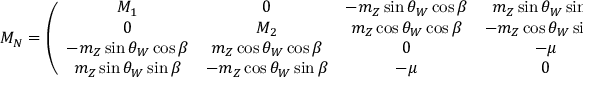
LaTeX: M _ { N } = \left( \begin{array} { c c c c } { { M _ { 1 } } } & { { 0 } } & { { - m _ { Z } \sin \theta _ { W } \cos \beta } } & { { m _ { Z } \sin \theta _ { W } \sin \beta } } \\ { { 0 } } & { { M _ { 2 } } } & { { m _ { Z } \cos \theta _ { W } \cos \beta } } & { { - m _ { Z } \cos \theta _ { W } \sin \beta } } \\ { { - m _ { Z } \sin \theta _ { W } \cos \beta } } & { { m _ { Z } \cos \theta _ { W } \cos \beta } } & { { 0 } } & { { - \mu } } \\ { { m _ { Z } \sin \theta _ { W } \sin \beta } } & { { - m _ { Z } \cos \theta _ { W } \sin \beta } } & { { - \mu } } & { { 0 } } \end{array} \right) .